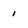
Character: 1